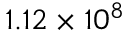
1 . 1 2 \times 1 0 ^ { 8 }